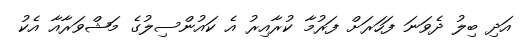
އަދި ބިލު ދެވަނަ ފަހަރަށް ފަރުމާ ކުރާއިރު އެ ކައުންސިލުގެ މަޝްވަރާއާ އެކު